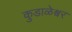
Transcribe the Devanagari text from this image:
कुडाळेश्वर